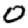
Digit: 0